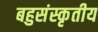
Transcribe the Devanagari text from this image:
बहुसंस्कृतीय